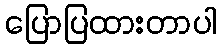
ပြောပြထားတာပါ